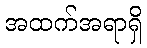
အထက်အရာရှိ